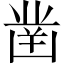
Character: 凿